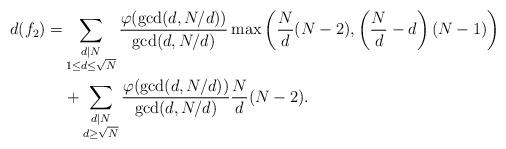
LaTeX: \begin{align*}d(f_2)=&\sum\limits_{\substack{d|N \\ 1\leq d\leq \sqrt{N}}} \frac{\varphi(\gcd(d,N/d))}{\gcd(d,N/d)}\max{\left(\frac{N}{d}(N-2),\left(\frac{N}{d}-d\right)(N-1)\right)}\\& + \sum\limits_{\substack{d|N \\ d\geq \sqrt{N}}} \frac{\varphi(\gcd(d,N/d))}{\gcd(d,N/d)}\frac{N}{d}(N-2).\end{align*}